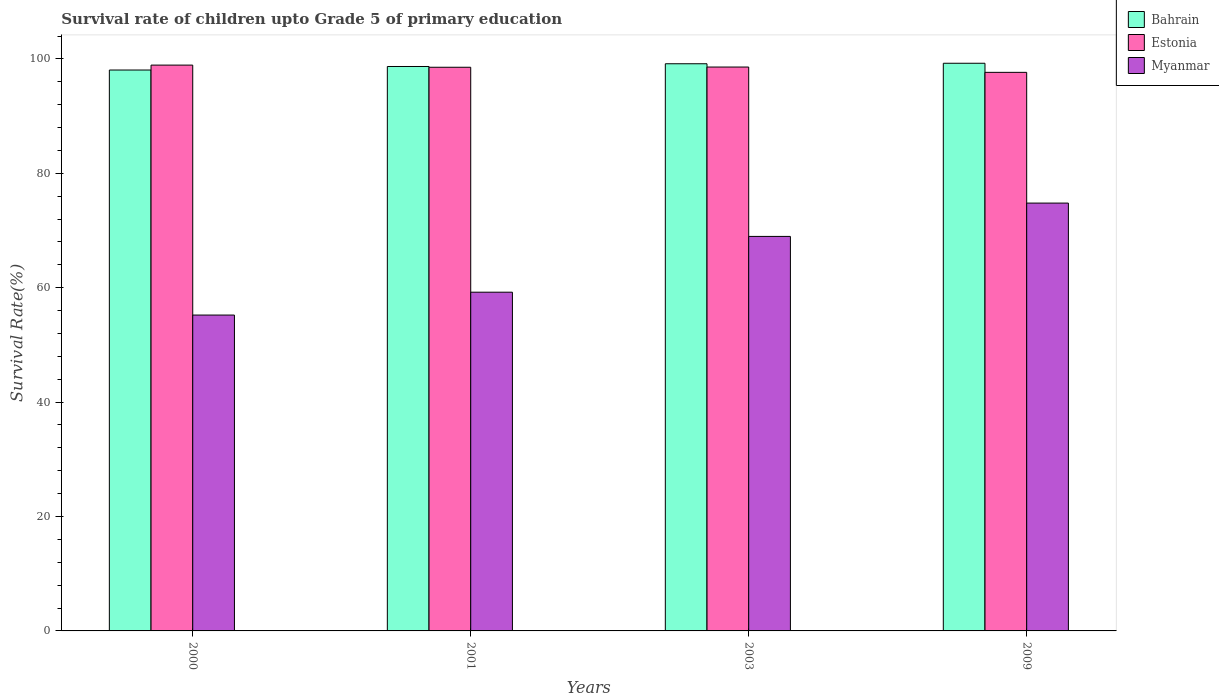
| Years | Bahrain | Estonia | Myanmar |
 | --- | --- | --- | --- |
 | 2000 | 98.1 | 98.9 | 55.2 |
 | 2001 | 98.7 | 98.5 | 59.2 |
 | 2003 | 99.1 | 98.6 | 69 |
 | 2009 | 99.2 | 97.6 | 74.8 |